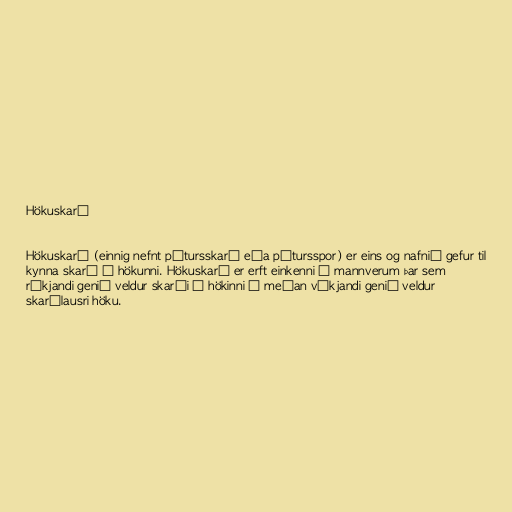
Hökuskarð

Hökuskarð (einnig nefnt pétursskarð eða pétursspor) er eins og nafnið gefur til
kynna skarð í hökunni. Hökuskarð er erft einkenni í mannverum þar sem
ríkjandi genið veldur skarði í hökinni á meðan víkjandi genið veldur
skarðlausri höku.